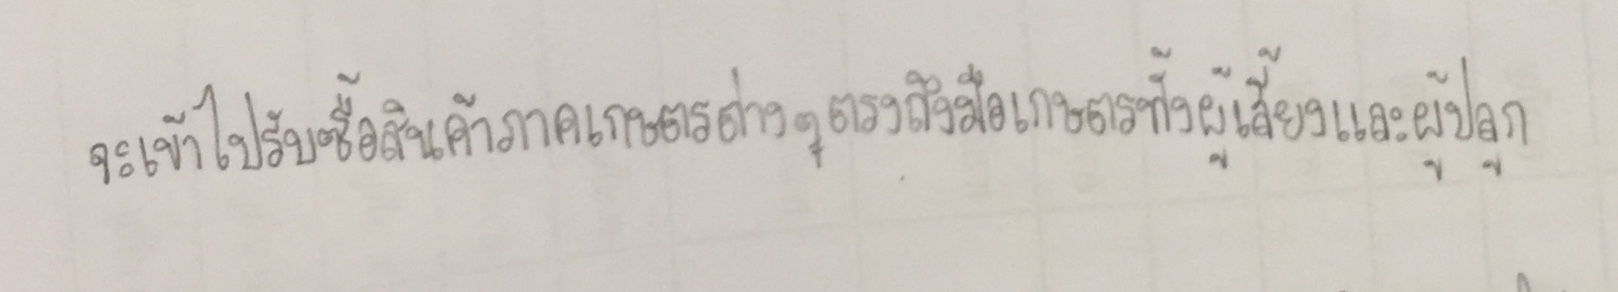
จะเข้าไปรับซื้อสินค้าภาคการเกษตรต่างๆตรงถึงมือเกษตรกรทั้งผู้เลี้ยงและผู้ปลูก